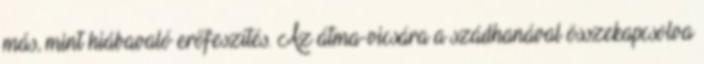
más, mint hiábavaló erőfeszítés. Az átma-vicsára a szádhanával összekapcsolva